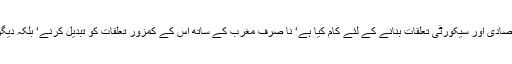
پیوٹن کے ہوتے ہوئے‘ ماسکو نے دیگر اقتصادی اور سیکورٹی تعلقات بنانے کے لئے کام کیا ہے‘ نا صرف مغرب کے ساتھ اس کے کمزور تعلقات کو تبدیل کرنے‘ بلکہ دیگر ممالک کے ساتھ روابط بھی بڑھائے ہیں۔